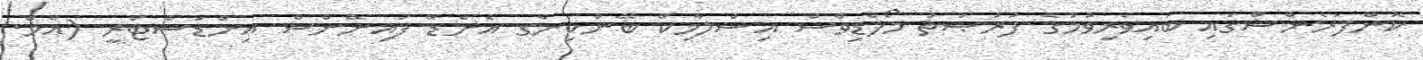
ކޮންފަރެންސްގައި ބައިވެރިވުމުގެ ފުރުޞަތު މޯލްޑިވްސް އިސްލާމިކް ބޭންކިންގ އެންޑް ފައިނޭންސް އިންޑަސްޓްރީ (އެމް.